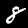
Label: 8